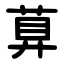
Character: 萛